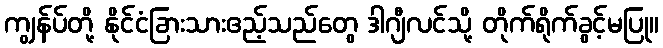
ကျွန်ပ်တို့ နိုင်ငံခြားသားဧည့်သည်တွေ ဒါဂျီလင်သို့ တိုက်ရိုက်ခွင့်မပြု။